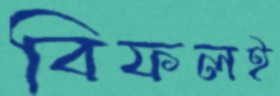
বিফলই